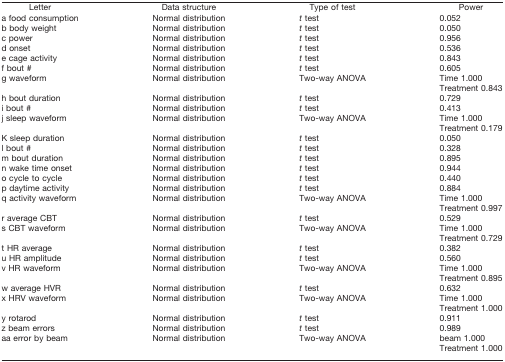
| Letter | Data structure | Type of test | Power |
 | --- | --- | --- | --- |
 | a food consumption | Normal distribution | t test | 0.052 |
 | b body weight | Normal distribution | t test | 0.050 |
 | c power | Normal distribution | t test | 0.956 |
 | d onset | Normal distribution | t test | 0.536 |
 | e cage activity | Normal distribution | t test | 0.843 |
 | f bout # | Normal distribution | t test | 0.605 |
 | g waveform | Normal distribution | Two-way ANOVA | Time 1.000 |
 |  |  |  | Treatment 0.843 |
 | h bout duration | Normal distribution | t test | 0.729 |
 | i bout # | Normal distribution | t test | 0.413 |
 | j sleep waveform | Normal distribution | Two-way ANOVA | Time 1.000 |
 |  |  |  | Treatment 0.179 |
 | K sleep duration | Normal distribution | t test | 0.050 |
 | l bout # | Normal distribution | t test | 0.328 |
 | m bout duration | Normal distribution | t test | 0.895 |
 | n wake time onset | Normal distribution | t test | 0.944 |
 | o cycle to cycle | Normal distribution | t test | 0.440 |
 | p daytime activity | Normal distribution | t test | 0.884 |
 | q activity waveform | Normal distribution | Two-way ANOVA | Time 1.000 |
 |  |  |  | Treatment 0.997 |
 | r average CBT | Normal distribution | t test | 0.529 |
 | s CBT waveform | Normal distribution | Two-way ANOVA | Time 1.000 |
 |  |  |  | Treatment 0.729 |
 | t HR average | Normal distribution | t test | 0.382 |
 | u HR amplitude | Normal distribution | t test | 0.560 |
 | v HR waveform | Normal distribution | Two-way ANOVA | Time 1.000 |
 |  |  |  | Treatment 0.895 |
 | w average HVR | Normal distribution | t test | 0.632 |
 | x HRV waveform | Normal distribution | Two-way ANOVA | Time 1.000 |
 |  |  |  | Treatment 1.000 |
 | y rotarod | Normal distribution | t test | 0.911 |
 | z beam errors | Normal distribution | t test | 0.989 |
 | aa error by beam | Normal distribution | Two-way ANOVA | beam 1.000 |
 |  |  |  | Treatment 1.000 |